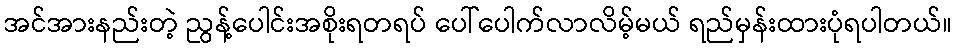
အင်အားနည်းတဲ့ ညွန့်ပေါင်းအစိုးရတရပ် ပေါ်ပေါက်လာလိမ့်မယ် ရည်မှန်းထားပုံရပါတယ်။